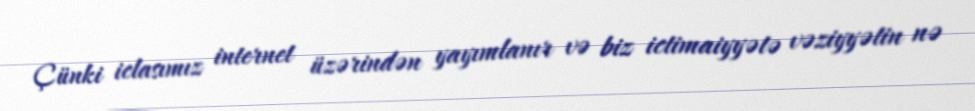
Çünki iclasımız internet üzərindən yayımlanır və biz ictimaiyyətə vəziyyətin nə